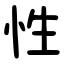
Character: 性